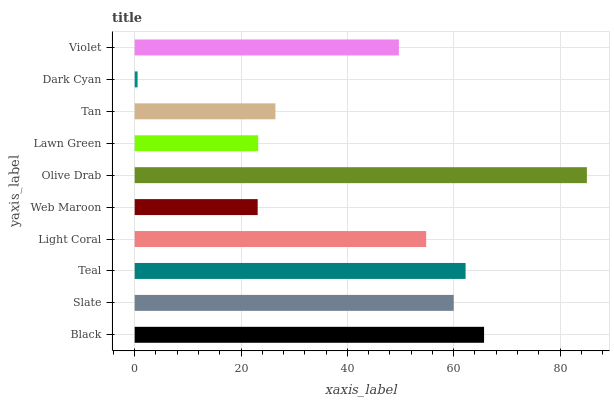
| yaxis_label | bars |
 | --- | --- |
 | Black | 65.7 |
 | Slate | 60 |
 | Teal | 62.2 |
 | Light Coral | 54.8 |
 | Web Maroon | 23.1 |
 | Olive Drab | 85.1 |
 | Lawn Green | 23.2 |
 | Tan | 26.5 |
 | Dark Cyan | 0.549 |
 | Violet | 49.7 |